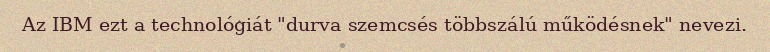
Az IBM ezt a technológiát "durva szemcsés többszálú működésnek" nevezi.